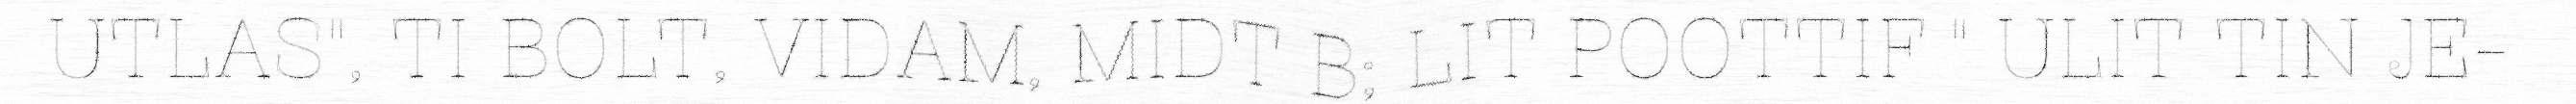
UTLAS", TI BOLT, VIDAM, MIDT B; LIT POOTTIF " ULIT TIN JE-